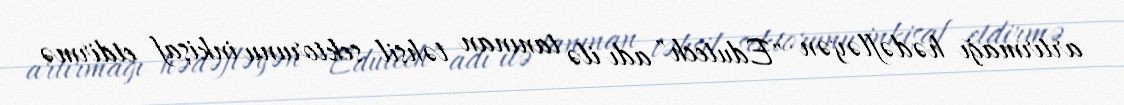
artırmağı hədəfləyən "Edutech" adı ilə tanınan təhsil sektorunu inkişaf etdirmə